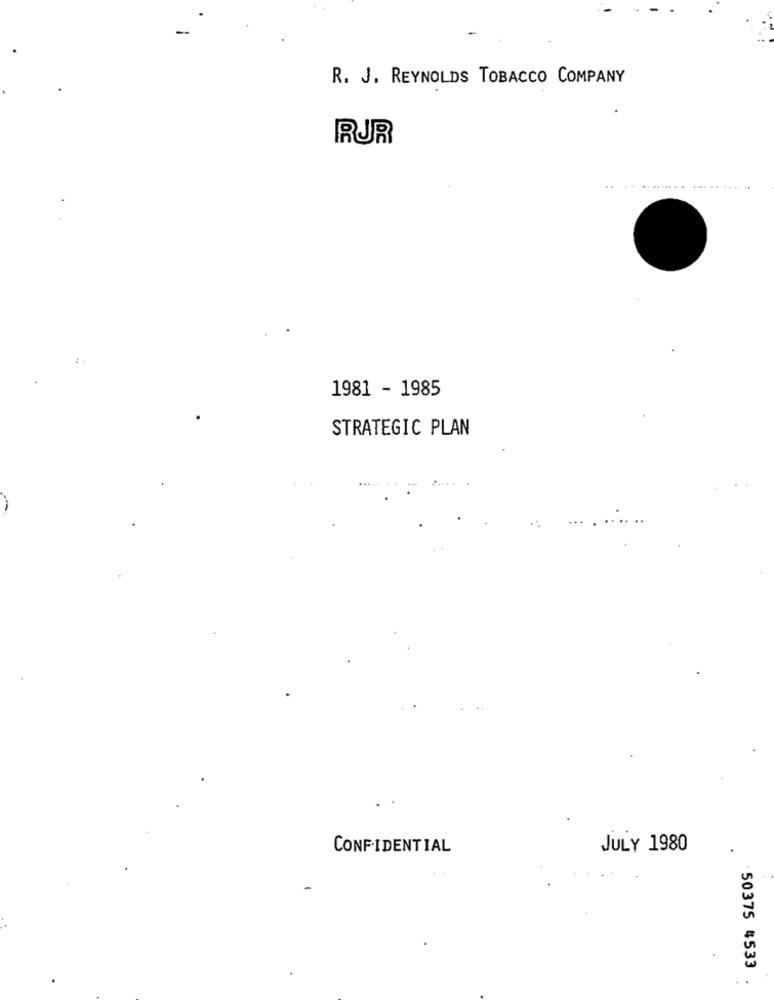
R. J. REYNOLDS TOBACCO COMPANY
RUR
1981 - 1985
STRATEGIC PLAN
CONFIDENTIAL
JULY 1980
. 50375 4533